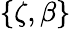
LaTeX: \left\{ \zeta,\beta\right\}